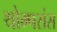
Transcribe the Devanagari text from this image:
थोम्पसंस